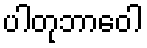
ပါတုဘာဝေါ